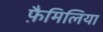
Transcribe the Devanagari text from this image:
फ़ैमिलिया